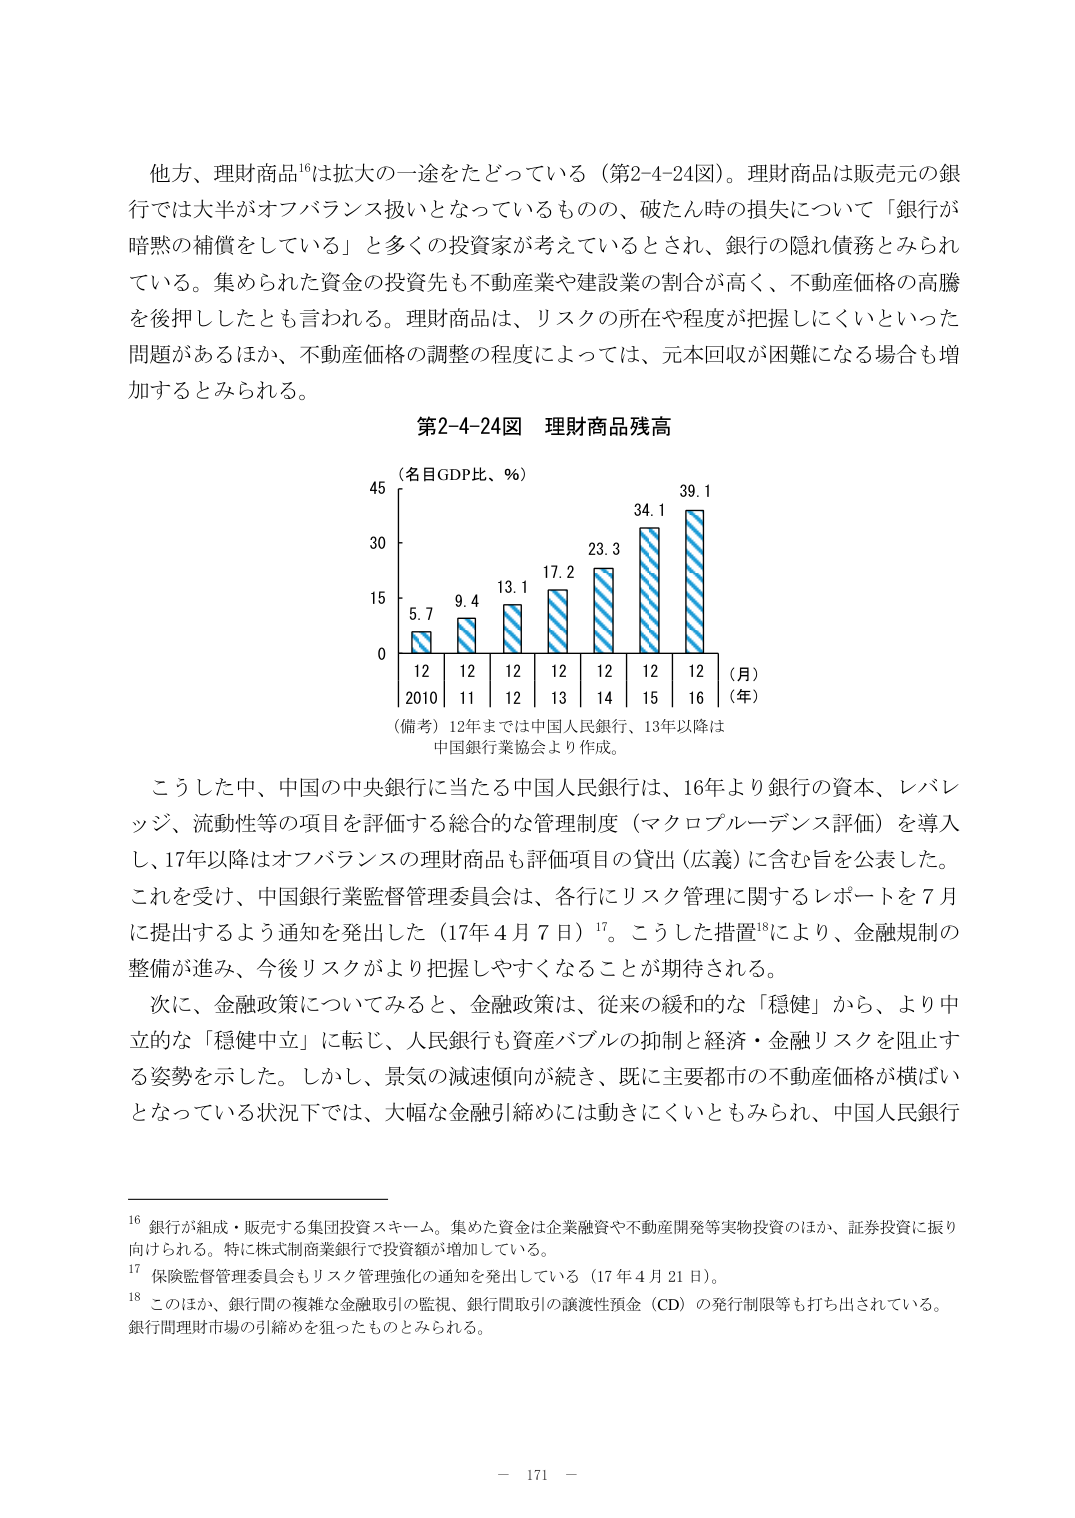
他方、理財商品¹⁶は拡大の一途をたどっている（第2-4-24図）。理財商品は販売元の銀行では大半がオフバランス扱いとなっているものの、破たん時の損失について「銀行が暗黙の補償をしている」と多くの投資家が考えているとされ、銀行の隠れ債務とみられている。集められた資金の投資先も不動産業や建設業の割合が高く、不動産価格の高騰を押押ししたとも言われる。理財商品は、リスクの所在や程度が把握しにくいといった問題があるほか、不動産価格の調整の程度によっては、元本回収が困難になる場合も増加するとみられる。

第2-4-24図 理財商品残高

（名目GDP比、％）
45
30
15
0
5.7 9.4 13.1 17.2 23.3 34.1 39.1
12 12 12 12 12 12 12
2010 11 12 13 14 15 16
（月）
（年）
（備考）12年までは中国人民銀行、13年以降は
中国銀行業協会より作成。

こうした中、中国の中央銀行に当たる中国人民銀行は、16年より銀行の資本、レバレッジ、流動性等の項目を評価する総合的な管理制度（マクロプルーデンス評価）を導入し、17年以降はオフバランスの理財商品も評価項目の貸出（広義）に含む旨を公表した。これを受けて、中国銀行業監督管理委員会は、各行にリスク管理に関するレポートを7月に提出するよう通知を発出した（17年4月7日）¹⁷。こうした措置¹⁸により、金融規制の整備が進み、今後リスクがより把握しやすくなることが期待される。

次に、金融政策についてみると、金融政策は、従来の緩和的な「穏健」から、より中立的な「穏健中立」に転じ、人民銀行も資産バブルの抑制と経済・金融リスクを阻止する姿勢を示した。しかし、景気の減速傾向が続き、既に主要都市の不動産価格が横ばいとなっている状況下では、大幅な金融引締めには動きにくいともみられ、中国人民銀行

¹⁶ 銀行が組成・販売する集団投資スキーム。集めた資金は企業融資や不動産開発等実物投資のほか、証券投資に振り向けられる。特に株式制商業銀行で投資額が増加している。
¹⁷ 保険監督管理委員会もリスク管理強化の通知を発出している（17年4月21日）。
¹⁸ このほか、銀行間の複雑な金融取引の監視、銀行間取引の譲渡性預金（CD）の発行制限等も打ち出されている。銀行間理財市場の引締めを狙ったものとみられる。

－ 171 －